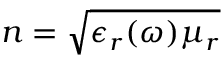
n = \sqrt { \epsilon _ { r } ( \omega ) \mu _ { r } }